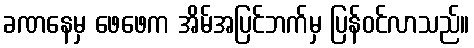
ခဏနေမှ ဖေဖေက အိမ်အပြင်ဘက်မှ ပြန်ဝင်လာသည်။